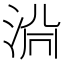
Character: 𱦤